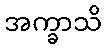
အက္ခာသိ